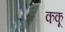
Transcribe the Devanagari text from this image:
ककू